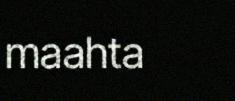
maahta